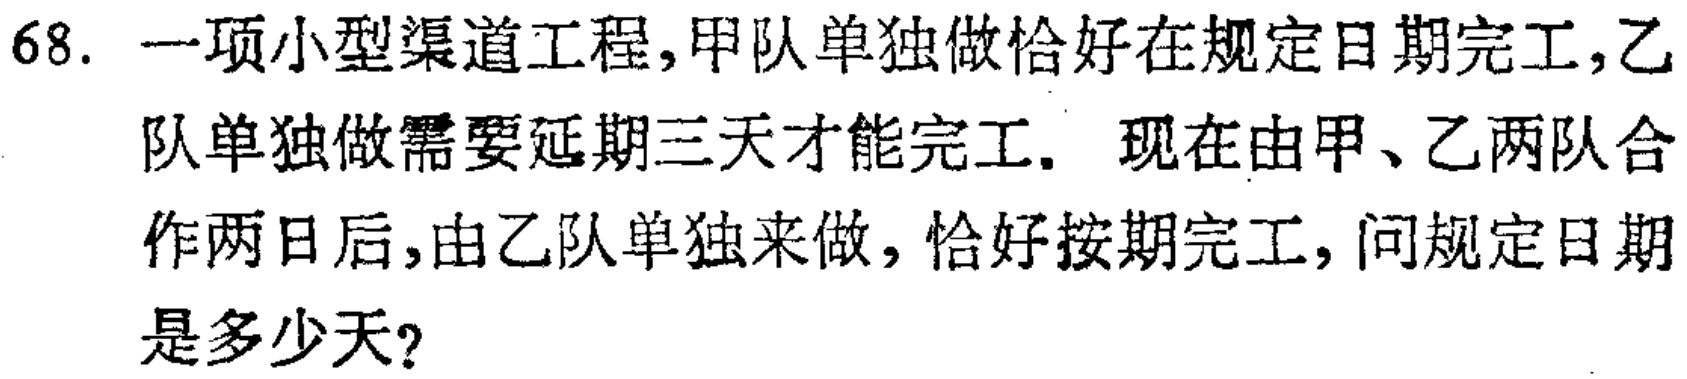
68. 一项小型渠道工程,甲队单独做恰好在规定日期完工,乙队单独做需要延期三天才能完工. 现在由甲、乙两队合作两日后,由乙队单独来做, 恰好按期完工,问规定日期是多少天?